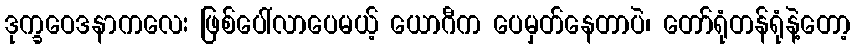
ဒုက္ခဝေဒနာကလေး ဖြစ်ပေါ်လာပေမယ့် ယောဂီက ပေမှတ်နေတာပဲ၊ တော်ရုံတန်ရုံနဲ့တော့